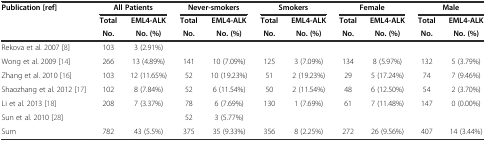
| <ROWSPAN=2> Publication [ref] | <COLSPAN=2> All Patients | <COLSPAN=2> Never-smokers | <COLSPAN=2> Smokers | <COLSPAN=2> Female | <COLSPAN=2> Male |
 | Total | EML4-ALK | Total | EML4-ALK | Total | EML4-ALK | Total | EML4-ALK | Total | EML4-ALK |
 |  | No. | No. (%) | No. | No. (%) | No. | No. (%) | No. | No. (%) | No. | No. (%) |
 | --- | --- | --- | --- | --- | --- | --- | --- | --- | --- | --- |
 | Rekova et al. 2007 [8] | 103 | 3 (2.91%) |  |  |  |  |  |  |  |  |
 | Wong et al. 2009 [14] | 266 | 13 (4.89%) | 141 | 10 (7.09%) | 125 | 3 (7.09%) | 134 | 8 (5.97%) | 132 | 5 (3.79%) |
 | Zhang et al. 2010 [16] | 103 | 12 (11.65%) | 52 | 10 (19.23%) | 51 | 2 (19.23%) | 29 | 5 (17.24%) | 74 | 7 (9.46%) |
 | Shaozhang et al. 2012 [17] | 102 | 8 (7.84%) | 52 | 6 (11.54%) | 50 | 2 (11.54%) | 48 | 6 (12.50%) | 54 | 2 (3.70%) |
 | Li et al. 2013 [18] | 208 | 7 (3.37%) | 78 | 6 (7.69%) | 130 | 1 (7.69%) | 61 | 7 (11.48%) | 147 | 0 (0.00%) |
 | Sun et al. 2010 [28] |  |  | 52 | 3 (5.77%) |  |  |  |  |  |  |
 | Sum | 782 | 43 (5.5%) | 375 | 35 (9.33%) | 356 | 8 (2.25%) | 272 | 26 (9.56%) | 407 | 14 (3.44%) |